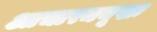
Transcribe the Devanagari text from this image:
आचारमयूखः